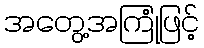
အတွေ့အကြုံဖြင့်